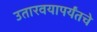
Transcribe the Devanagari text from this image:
उतारवयापर्यंतचे